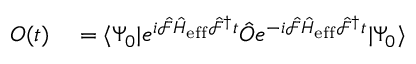
\begin{array} { r l } { O ( t ) } & { { } = \langle \Psi _ { 0 } | e ^ { i \hat { \mathcal { F } } \hat { H } _ { \mathrm { e f f } } \hat { \mathcal { F } } ^ { \dagger } t } \hat { O } e ^ { - i \hat { \mathcal { F } } \hat { H } _ { \mathrm { e f f } } \hat { \mathcal { F } } ^ { \dagger } t } | \Psi _ { 0 } \rangle } \end{array}